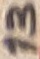
Text: 13